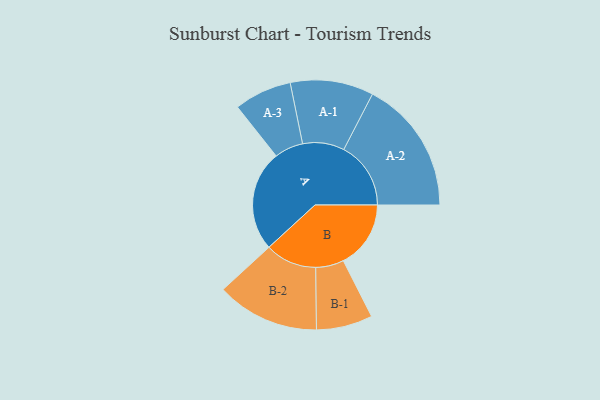
{"axis": {"x": "Segment", "y": "Value"}, "legend": ["", "A", "B"], "data": [{"x": "A", "y": 448, "type": ""}, {"x": "B", "y": 300, "type": ""}, {"x": "A-1", "y": 185, "type": "A"}, {"x": "A-2", "y": 298, "type": "A"}, {"x": "A-3", "y": 128, "type": "A"}, {"x": "B-1", "y": 125, "type": "B"}, {"x": "B-2", "y": 229, "type": "B"}]}